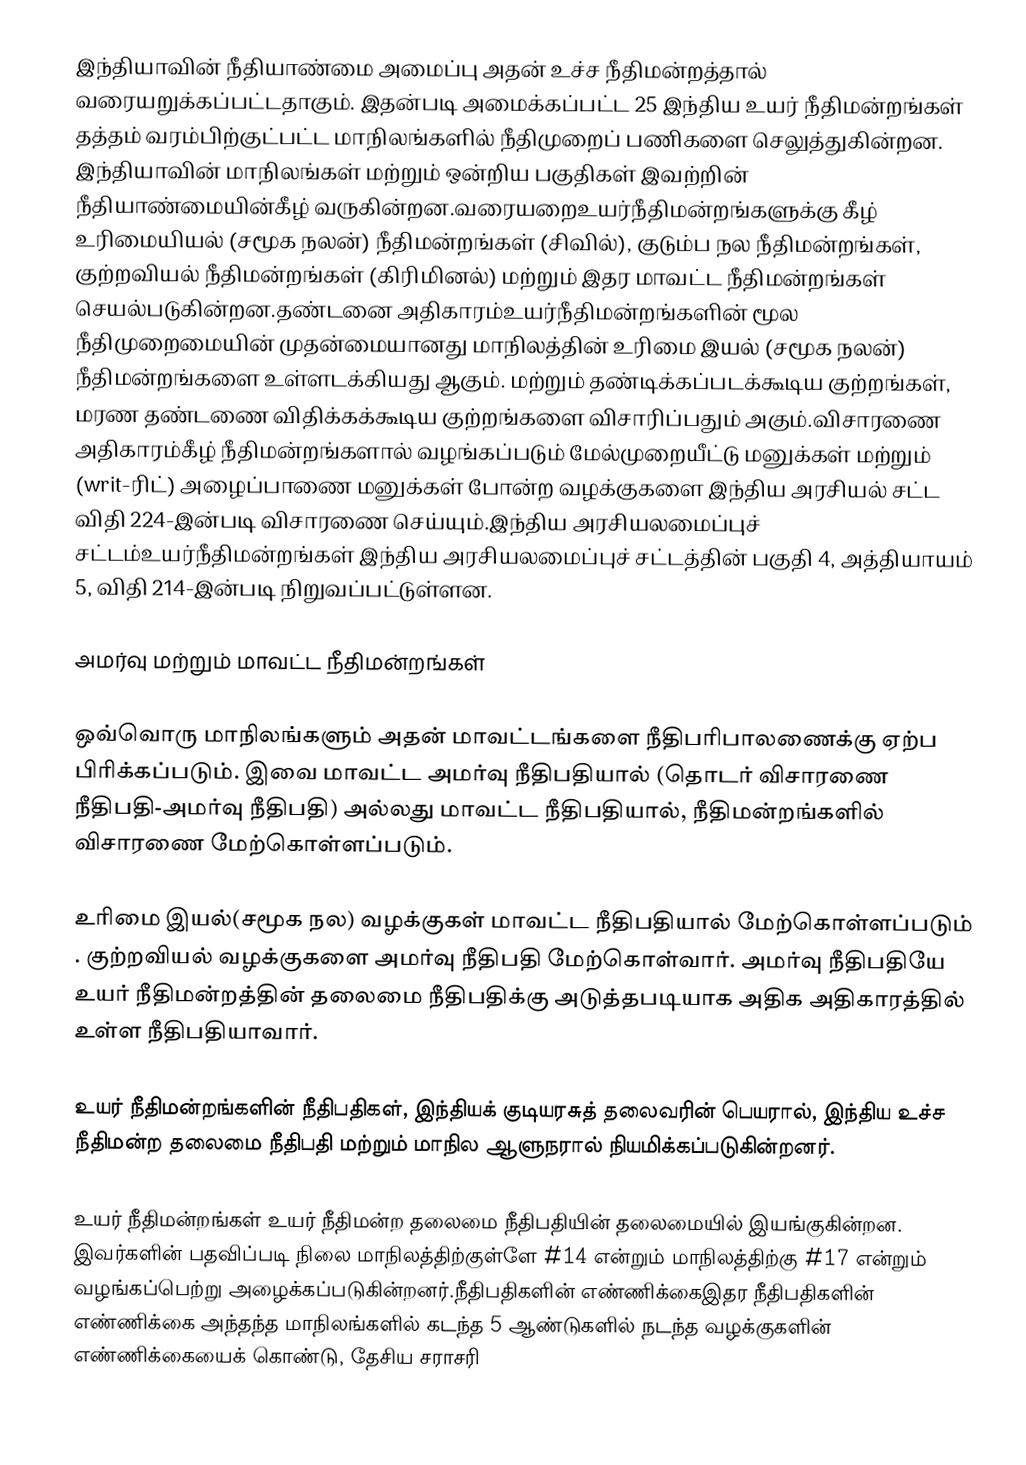
இந்தியாவின் நீதியாண்மை அமைப்பு அதன் உச்ச நீதிமன்றத்தால் வரையறுக்கப்பட்டதாகும். இதன்படி அமைக்கப்பட்ட 25 இந்திய உயர் நீதிமன்றங்கள் தத்தம் வரம்பிற்குட்பட்ட மாநிலங்களில்  நீதிமுறைப் பணிகளை செலுத்துகின்றன. இந்தியாவின் மாநிலங்கள் மற்றும் ஒன்றிய பகுதிகள் இவற்றின் நீதியாண்மையின்கீழ் வருகின்றன.வரையறைஉயர்நீதிமன்றங்களுக்கு கீழ் உரிமையியல் (சமூக நலன்) நீதிமன்றங்கள் (சிவில்), குடும்ப நல நீதிமன்றங்கள், குற்றவியல் நீதிமன்றங்கள் (கிரிமினல்) மற்றும் இதர மாவட்ட நீதிமன்றங்கள் செயல்படுகின்றன.தண்டனை அதிகாரம்உயர்நீதிமன்றங்களின் மூல நீதிமுறைமையின் முதன்மையானது மாநிலத்தின் உரிமை இயல் (சமூக நலன்) நீதிமன்றங்களை உள்ளடக்கியது ஆகும். மற்றும் தண்டிக்கப்படக்கூடிய குற்றங்கள், மரண தண்டணை விதிக்கக்கூடிய  குற்றங்களை விசாரிப்பதும் அகும்.விசாரணை அதிகாரம்கீழ் நீதிமன்றங்களால் வழங்கப்படும் மேல்முறையீட்டு மனுக்கள் மற்றும் (writ-ரிட்) அழைப்பாணை மனுக்கள் போன்ற வழக்குகளை இந்திய அரசியல் சட்ட விதி 224-இன்படி விசாரணை செய்யும்.இந்திய அரசியலமைப்புச் சட்டம்உயர்நீதிமன்றங்கள் இந்திய அரசியலமைப்புச் சட்டத்தின் பகுதி 4, அத்தியாயம் 5,  விதி 214-இன்படி நிறுவப்பட்டுள்ளன.

 அமர்வு மற்றும் மாவட்ட நீதிமன்றங்கள்

ஒவ்வொரு மாநிலங்களும் அதன் மாவட்டங்களை நீதிபரிபாலணைக்கு ஏற்ப பிரிக்கப்படும். இவை மாவட்ட அமர்வு நீதிபதியால்  (தொடர் விசாரணை நீதிபதி-அமர்வு நீதிபதி) அல்லது மாவட்ட நீதிபதியால்,  நீதிமன்றங்களில் விசாரணை மேற்கொள்ளப்படும்.

உரிமை இயல்(சமூக நல) வழக்குகள் மாவட்ட நீதிபதியால்  மேற்கொள்ளப்படும் . குற்றவியல் வழக்குகளை அமர்வு நீதிபதி மேற்கொள்வார். அமர்வு நீதிபதியே உயர் நீதிமன்றத்தின் தலைமை நீதிபதிக்கு அடுத்தபடியாக  அதிக அதிகாரத்தில் உள்ள நீதிபதியாவார்.

உயர் நீதிமன்றங்களின் நீதிபதிகள்,  இந்தியக் குடியரசுத் தலைவரின் பெயரால், இந்திய உச்ச நீதிமன்ற தலைமை நீதிபதி மற்றும் மாநில ஆளுநரால் நியமிக்கப்படுகின்றனர்.

உயர் நீதிமன்றங்கள் உயர் நீதிமன்ற தலைமை நீதிபதியின் தலைமையில் இயங்குகின்றன. இவர்களின் பதவிப்படி நிலை மாநிலத்திற்குள்ளே #14 என்றும் மாநிலத்திற்கு #17 என்றும் வழங்கப்பெற்று  அழைக்கப்படுகின்றனர்.நீதிபதிகளின் எண்ணிக்கைஇதர நீதிபதிகளின் எண்ணிக்கை அந்தந்த மாநிலங்களில் கடந்த 5 ஆண்டுகளில் நடந்த வழக்குகளின் எண்ணிக்கையைக் கொண்டு, தேசிய சராசரி